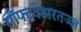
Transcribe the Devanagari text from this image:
सॉफ्टवेअरतज्ज्ञ